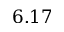
6 . 1 7